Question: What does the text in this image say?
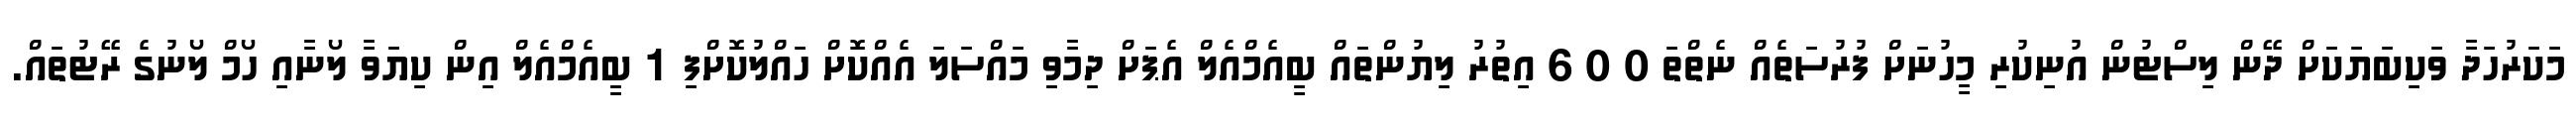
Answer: މަކަރުހަދާ ވަކިބަޔަކަށް ދޭން ލިސްޓުން އުނިކުރި މީހުނަށް ފުރުސަތެއް ނެތްތަ 0 0 6 އިތުރު ލިޔުންތައް ބީއެމްއެލް އެޕަށް ދިމާވި މައްސަލަ އެއްކޮށް ހައްލުކޮށްފި 1 ބީއެމްއެލް އިން ކިޔަވާ ލޯނާއި ހޯމް ލޯނުގެ ރޭޓުތައް.